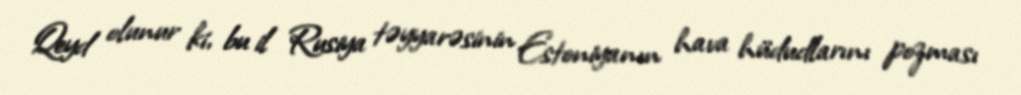
Qeyd olunur ki, bu il Rusiya təyyarəsinin Estoniyanın hava hüdudlarını pozması